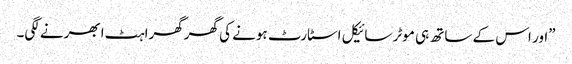
”اور اس کے ساتھ ہی موٹر سائیکل اسٹارٹ ہونے کی گھرگھراہٹ ابھرنے لگی۔